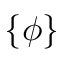
\{ \phi \}